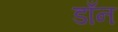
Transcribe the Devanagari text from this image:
डाँन